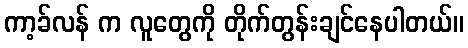
ကာ့ခ်လန် က လူတွေကို တိုက်တွန်းချင်နေပါတယ်။